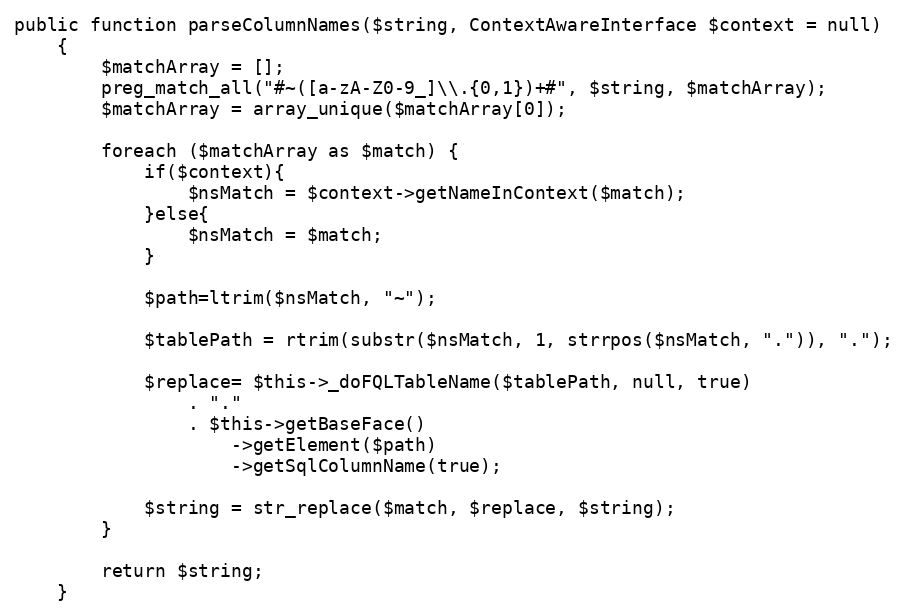
Language: PHP
public function parseColumnNames($string, ContextAwareInterface $context = null)
    {
        $matchArray = [];
        preg_match_all("#~([a-zA-Z0-9_]\\.{0,1})+#", $string, $matchArray);
        $matchArray = array_unique($matchArray[0]);

        foreach ($matchArray as $match) {
            if($context){
                $nsMatch = $context->getNameInContext($match);
            }else{
                $nsMatch = $match;
            }

            $path=ltrim($nsMatch, "~");

            $tablePath = rtrim(substr($nsMatch, 1, strrpos($nsMatch, ".")), ".");

            $replace= $this->_doFQLTableName($tablePath, null, true)
                . "."
                . $this->getBaseFace()
                    ->getElement($path)
                    ->getSqlColumnName(true);

            $string = str_replace($match, $replace, $string);
        }

        return $string;
    }